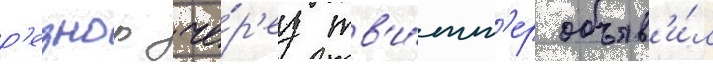
р'езнор че́р'ез тв'и́тт'ер объяв'и́л